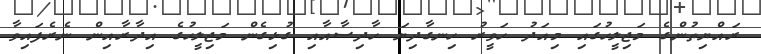
ރައްޔިތުންގެ މަޖިލީހުގައި މިއަދު ހަވީރު ހިނގާދިޔަ ހާދިސާއާއި ގުޅިގެން މަޖިލީހުގެ އިދާރާއިން ނެރެފައިވާ